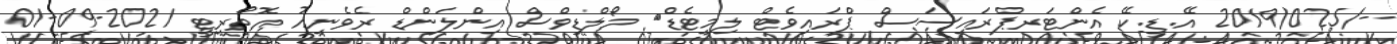
--/2019/025 އޭ.ޑީ.ކޭ އެންޓަރޕްރައިސަސް ޕްރައިވެޓް ލިމިޓެޑް	 މޯލްޑިވްސް އިންލަންޑް ރެވެނިއު އޮތޯރިޓީ 2021-09-01